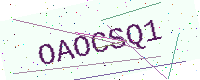
Text: OAOCSQ1